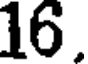
16.